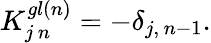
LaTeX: K_{j\, n}^{gl(n)}=-\delta_{j,\, n-1}.